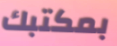
بمكتبك